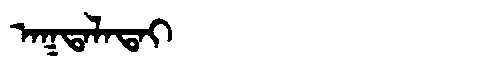
Manchu: ᠠᡴᡨᠠᠯᠠᡨᠠᡳ
Romanization: AKTALATAI